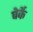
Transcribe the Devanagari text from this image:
पेर्के